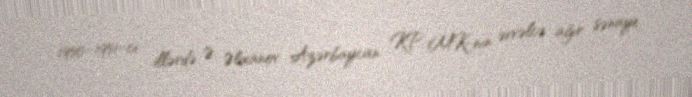
1950–1951-ci illərdə Ə. Əlixanov Azərbaycan KP MK-nın əvvəlcə ağır sənaye